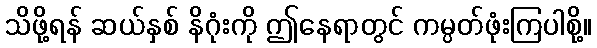
သိဖို့ရန် ဆယ်နှစ် နိဂုံးကို ဤနေရာတွင် ကမ္ပတ်ဖုံးကြပါစို့။